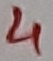
Text: 4